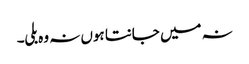
نہ میں جانتا ہوں نہ وہ بلی۔